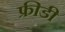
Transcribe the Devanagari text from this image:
फ्रीडी